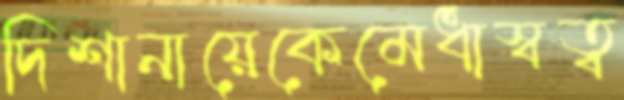
দিশানায়েকেমেধাস্বত্ব